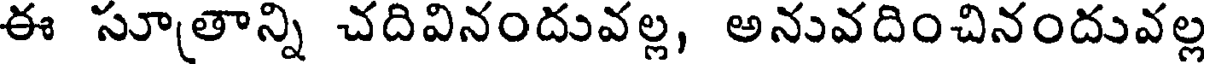
ఈ సూతాన్ని చదివినందువల్ల, అనువదించినందువల్ల